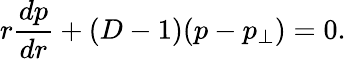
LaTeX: r\frac{dp}{dr}+(D-1)(p-p_{\perp})=0.